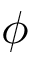
\phi